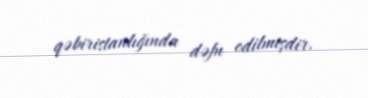
qəbiristanlığında dəfn edilmişdir.